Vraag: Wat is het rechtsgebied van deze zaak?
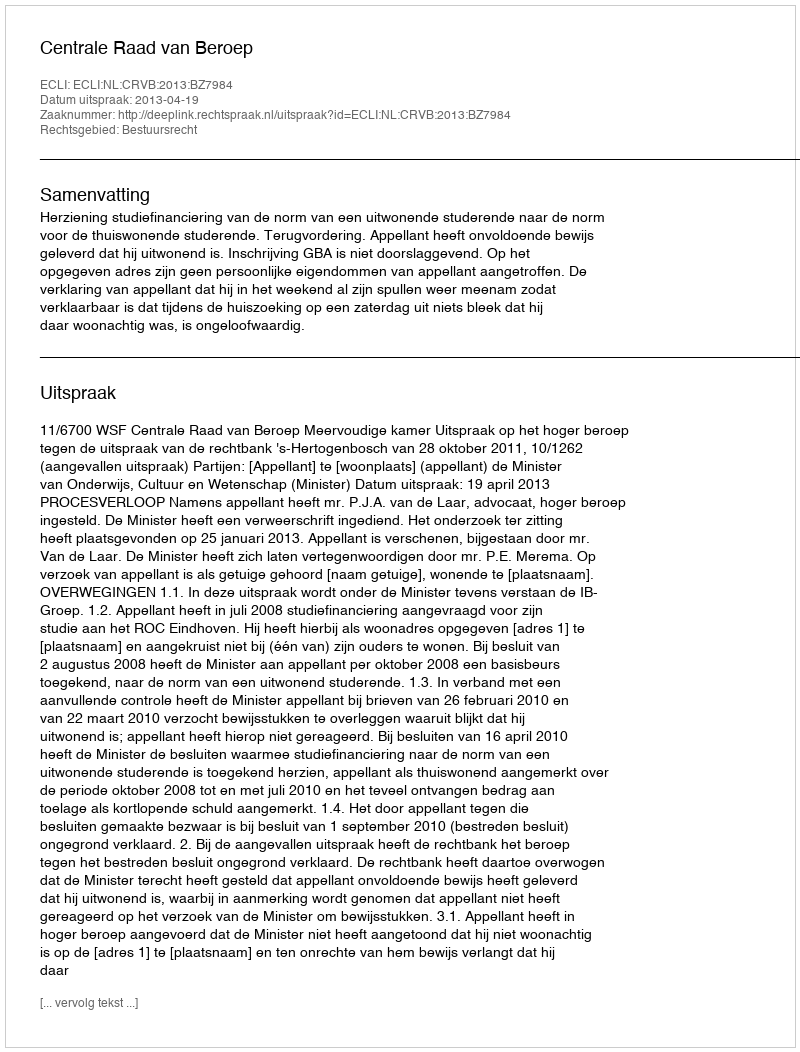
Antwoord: Bestuursrecht